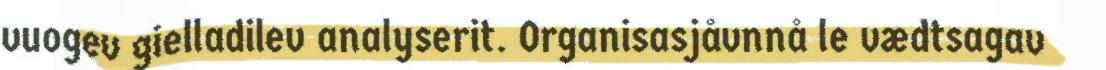
vuogev gielladilev analyserit. Organisasjåvnnå le vædtsagav